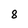
Character: 8